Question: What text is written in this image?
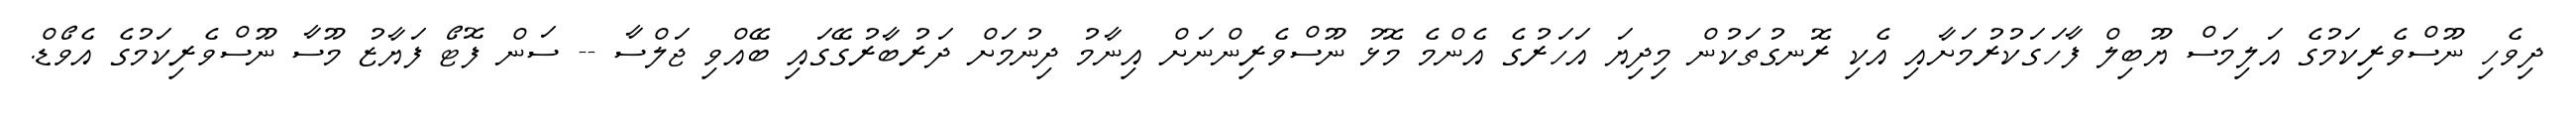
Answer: ދިވެހި ނޫސްވެރިކަމުގެ އަލިމަސް ޔޫބިލް ފާހަގަކުރުމަށާއި އެކި ރޮނގުތަކުން މިދިޔަ އަހަރުގެ އެންމެ މޮޅު ނޫސްވެރިންނަށް އިނާމު ދިނުމަށް ދަރުބާރުގޭގައި ބޭއްވި ޖަލްސާ -- ސަން ފޮޓޯ ފަޔާޒު މޫސާ ނޫސްވެރިކަމުގެ އެވޯޑް.